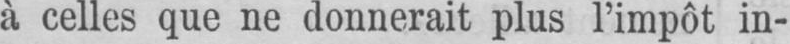
à celles que ne donnerait plus l’impôt in-